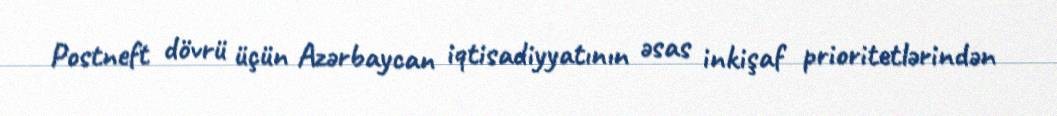
Postneft dövrü üçün Azərbaycan iqtisadiyyatının əsas inkişaf prioritetlərindən